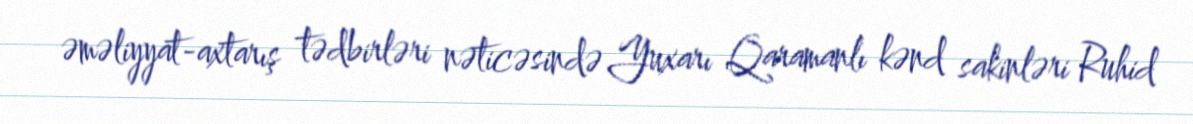
əməliyyat-axtarış tədbirləri nəticəsində Yuxarı Qaramanlı kənd sakinləri Ruhid